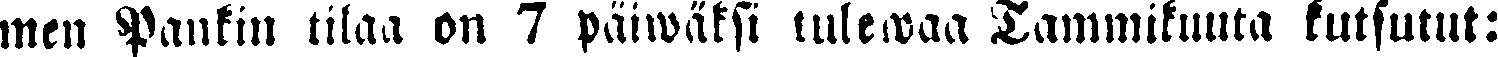
men Pankin tilaa on 7 päiwäksi tulewaa Tammikuuta kutsutut: